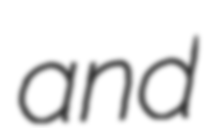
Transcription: and